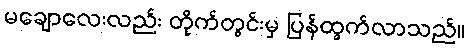
မချောလေးလည်း တိုက်တွင်းမှ ပြန်ထွက်လာသည်။